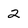
Character: 2